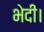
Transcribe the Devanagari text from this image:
भेदी।